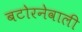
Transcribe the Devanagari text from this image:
बटोरनेवाली